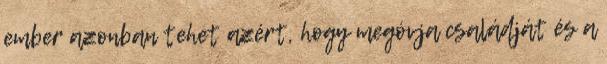
ember azonban tehet azért, hogy megóvja családját és a